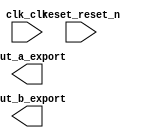

module lab_PD3 (
	clk_clk,
	reset_reset_n,
	dout_a_export,
	dout_b_export);	

	input		clk_clk;
	input		reset_reset_n;
	output	[7:0]	dout_a_export;
	output	[31:0]	dout_b_export;
endmodule